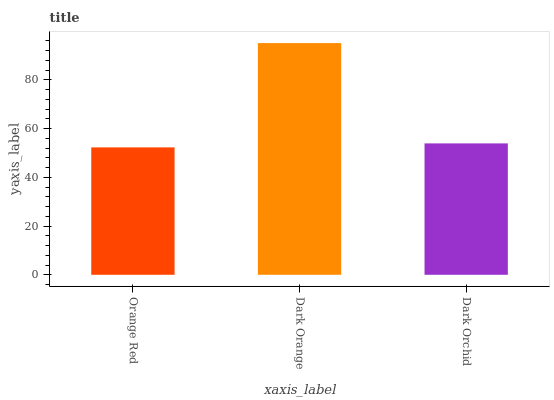
| xaxis_label | bars |
 | --- | --- |
 | Orange Red | 52.3 |
 | Dark Orange | 95.1 |
 | Dark Orchid | 53.9 |